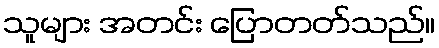
သူများ အတင်း ပြောတတ်သည်။